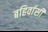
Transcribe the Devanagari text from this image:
बहिर्वासी